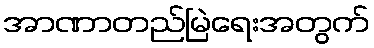
အာဏာတည်မြဲရေးအတွက်